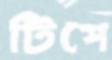
টিপে